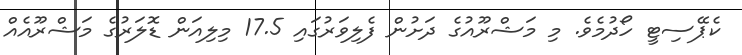
ކެޕޭސިޓީ ހޯދުމެވެ. މި މަޝްރޫއުގެ ދަށުން ފެލިވަރުގައި 17.5 މިލިއަން ޑޮލަރުގެ މަޝްރޫއެއް